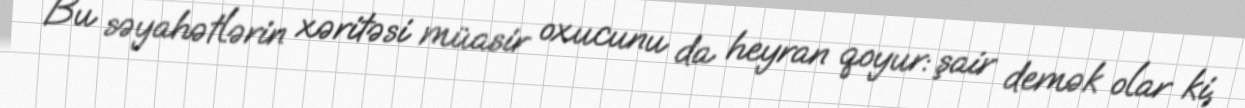
Bu səyahətlərin xəritəsi müasir oxucunu da heyran qoyur: şair demək olar ki,